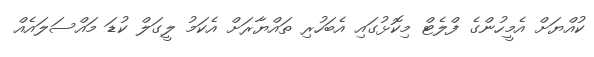
ކުއްޔަށް އެމީހުންގެ ފްލެޓް މިކޮޅުގައި އެބަހުރި ތައްޔާރަށް އެކަމު ލީގަލް ކުޑަ މައްސަލައެއް